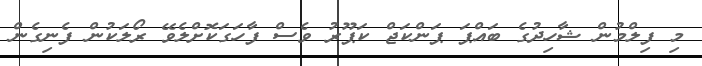
މި ފިލްމުން ޝާހިދުގެ ބައްޕަ ޕަންކަޖް ކަޕޫރު ވެސް ފާހަގަކޮށްލެވޭ ރޯލަކުން ފެނިގެން